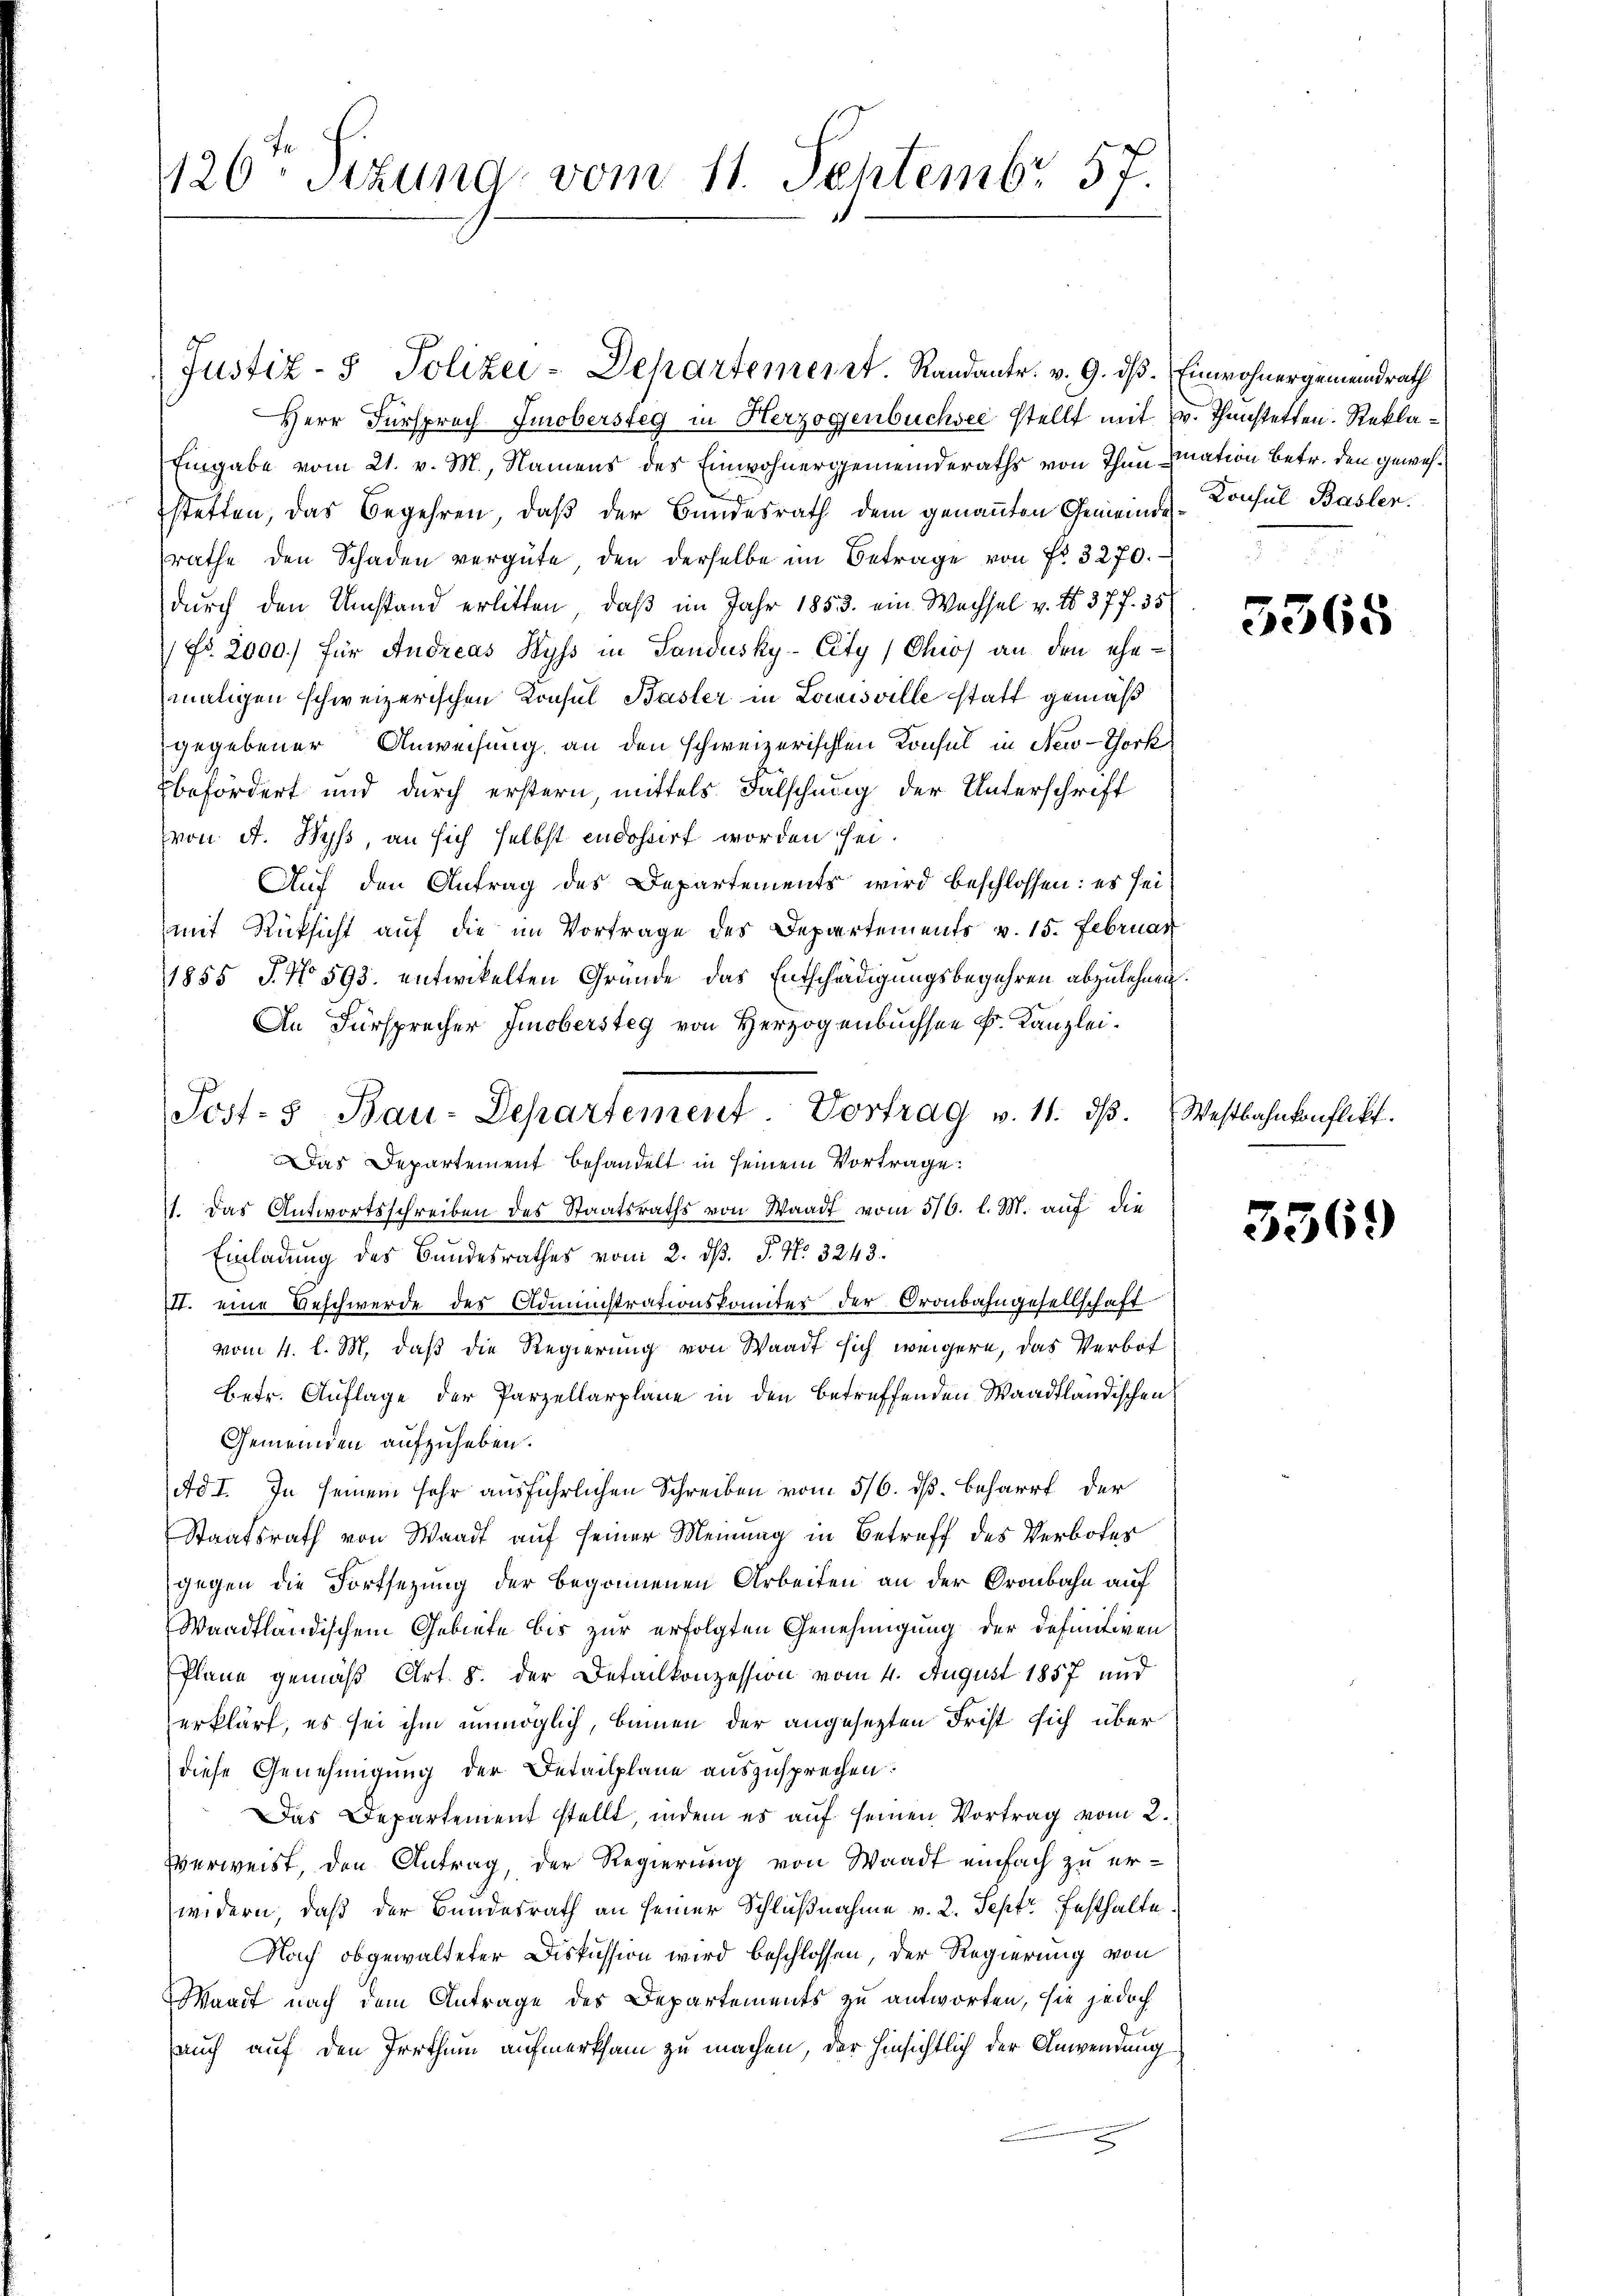
126. Sizung vom 11. Septembr 57.

Herr Fürsprach Imobersteg in Herzogenbüchsee stellt mit
Eingabe vom 21. v. M., Namens des Einwohnergemeinderaths von Thun hination betr. den gewesstetten, das Begehren, daß der Bundesrath dem genannten Gemeinst-Konsul Basler.
rathe den Schaden vergüte, den derselbe im Betrage von fr. 3270.
durch den Umstand erlitten, daß im Jahr 1853. ein Wachsel v. No. 37 f. 35
 Fr. 2000) für Andreas Hyss in Sandusky-City/Chios an den ehe-
maligen schweizerischen Konsul Basler in Louisville statt gemäß
gegebener Anweisung an den schweizerischen Konsul in New-Chork
befördert und durch erstern, mittels Falschung der Unterschrift
(von A. Byß, an sich selbst indohnert worden sei.
Auf den Antrag des Departements wird beschlossen: es sei
mit Rücksicht auf die im Vortrage des Departements v. 15. Februar
1855 J. No 593. entwikelten Gründe das Entschädigungsbegehren abzulehnen
An Fürsprecher Imobersteg von Herzogenbuchsen k. Kanzlei¬
Das Departement behandelt in seinem Vortrage:
11. Das Antwortsschreiben des Staatsraths von Waadt vom 5/6. l. M. auf die
Einladung des Bundesrathes vom 2. dß. P. No. 3243.
I. eine Beschwerde des Administrationskomites der Oronbahngesellschaft
vom 4. l. M. daß die Regierung von Waadt sich weigere, das Verbot
betr. Auflage der Parzellarplane in den betreffenden Waadtländischen
Gemeinden aufzuheben.
Ad I. In seinem sehr ausführlichen Schreiben vom 5/6. dß. Beharrt der
Staatsrath von Waadt auf seiner Meinung in Betreff des Verbotes
gegen die Fortsetzung der begonnenen Arbeiten an der Gronbahn auf
Waadtländischem Gebiete bis zur erfolgten Genehmigung der definitiven
Plane gemäß Art. 8. der Detailkonzession vom 4. August 1857 und
erklärt, es sei ihm unmöglich, binnen der angesetzten Frist sich über
diese Genehmigung der Detailplane auszusprechen.
Das Departement stellt, indem es auf seinen Vortrag vom 2.
Verweist, den Antrag, der Regierung von Waadt einfach zu erwidern, daß der Bundesrath an seiner Schlußnahme v. 2. Sept Festhalte
Nach obgewalteter Diskussion wird beschlossen, der Regierung von
Waadt nach dem Antrage des Departements zu antworten, sie jedoch
auch auf den Irrthum aufmerksam zu machen, der hinsichtlich der Anwendung
x

Post- & Bau-Departement Vortrag v. 11. dβ.

Justiz- & Polizei-Departement. Randantr. v. 9. dß. Einwohnergemeindrath

v. Thanstetten. Rekla¬

5365

Westbahnkonflikt.

3569)